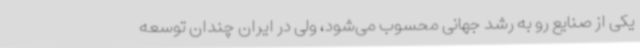
یکی از صنایع رو به رشد جهانی محسوب می‌شود، ولی در ایران چندان توسعه